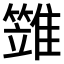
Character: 𩀩